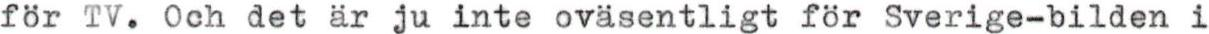
för TV. Och det är ju inte ovasentligt för Sverige-bilden i